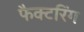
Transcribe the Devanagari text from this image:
फैक्टरिंग